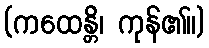
(ကထေန္တိ၊ ကုန်၏။)